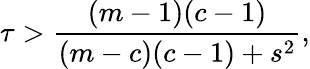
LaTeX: \tau>\frac{(m-1)(c-1)}{(m-c)(c-1)+s^{2}},